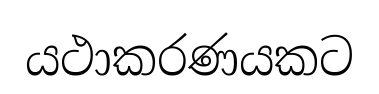
යථාකරණයකට